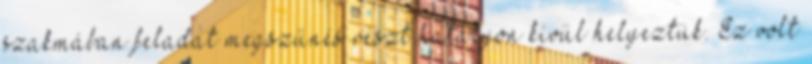
szakmában feladat megszűnés részt hatályon kívül helyeztük. Ez volt